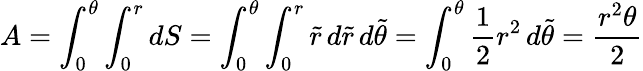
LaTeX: A=\int_{0}^{\theta}\int_{0}^{r}dS=\int_{0}^{\theta}\int_{0}^{r}{\tilde{r}}\, d{\tilde{r}}\, d{\tilde{\theta}}=\int_{0}^{\theta}{\frac{1}{2}}r^{2}\, d{\tilde{\theta}}={\frac{r^{2}\theta}{2}}